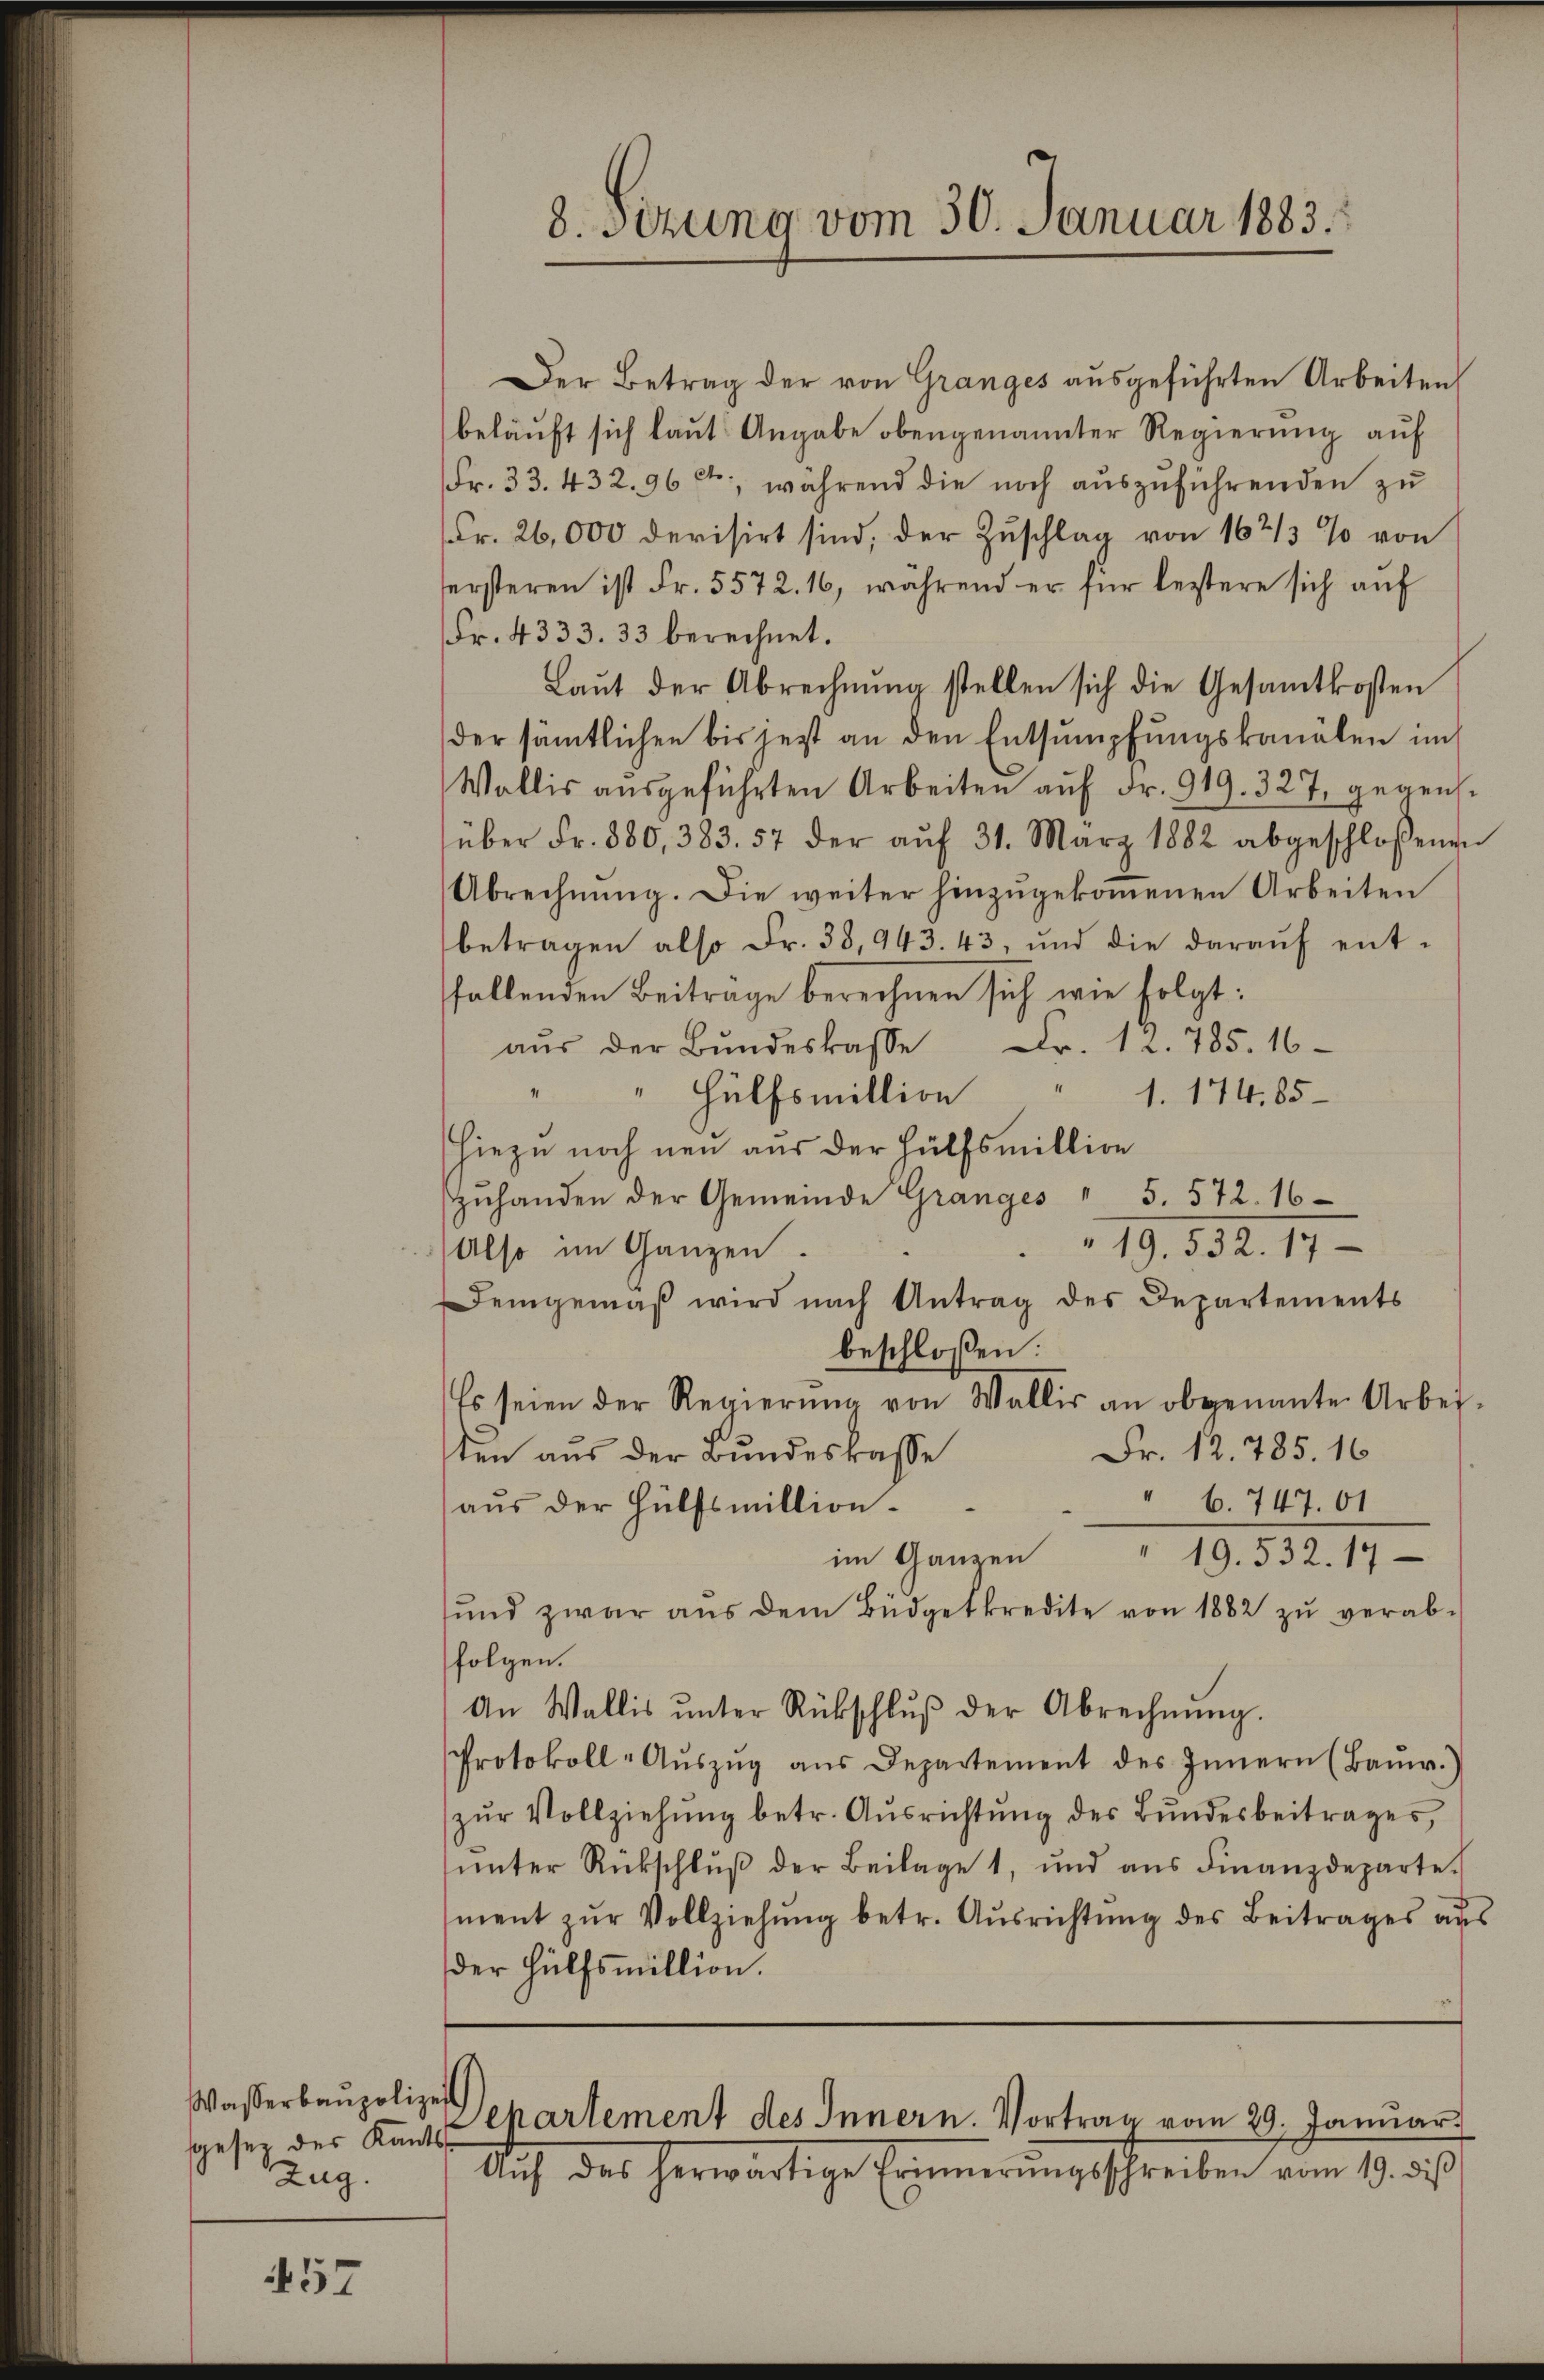
457

Wasserbaupolizeit
sgesez des Kants
Zug.

8. Sezung vom 30. Januar 1883.

Der Betrag der von Granges ausgeführten Arbeiten
beläuft sich laut Angabe obengenannter Regierung auf
Fr. 33. 432. 96 ct, während die noch auszuführenden zu
Fr. 26,000 devisirt sind, der Zuschlag von 162/3% von
ersteren ist Fr. 5572. 16, während er für leztere sich aŭf
Fr. 4333. 33 berechnet.
Laŭt der Abrechnŭng stellen sich die Gesamtkosten
der sämtlichen bis jetzt an den Entsumpfungskanälen im
Wallis aŭsgeführten Arbeiten aŭf Fr. 919. 327, gegens.
über Fr. 880, 383. 57 der aŭf 31. März 1882 abgeschlossenen
Abrechnŭng. Die weiter hinzugekommenen Arbeiten
betragen also Fr. 38, 943. 43, und die daraŭf ent-
fallenden Beitrage berechnen sich wie folgt:
aŭs der Bŭndeskasse Fr. 12. 785. 16
" Hülfsmillion " 1. 174,85
Hiezu noch neu aus der Hülfsmillion
zŭhanden der Gemeinde Grangés " 5. 572. 16
" 19. 532. 17
Also im Ganzen.
Demgemäβ wird nach Antrag des Departements
beschloßen:
Es seien der Regierŭng von Wallis an obgenannte Arbei-
Fr. 12. 785. 16
ten aus der Bundeskasse
" 6. 747. 61
aus der Hülfsmillionim Ganzen " 19. 532. 17
ŭnd zwar aŭs dem Büdgetkredite von 1882 zu verabfolgen.
An Wallis ŭnter Rückschlŭβ der Abrechnŭng.
Protokoll-Aŭszŭg aŭs Departement des Innern (Ban.)
zŭr Vollziehŭng betr. Aŭsrichtŭng des Bŭndesbeitrages,
ŭnter Rückschlŭβ der Beilage 1, und ans Finanzdeparte.
ment zŭr Vollziehŭng betr. Ausrichtung des Beitrages aus
der Hülfsmillion.
Departement des Innern. Vortrag vom 29. Januar
Auf des herwärtige Erinnerungsschreiben vom 19. des